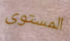
المستوى